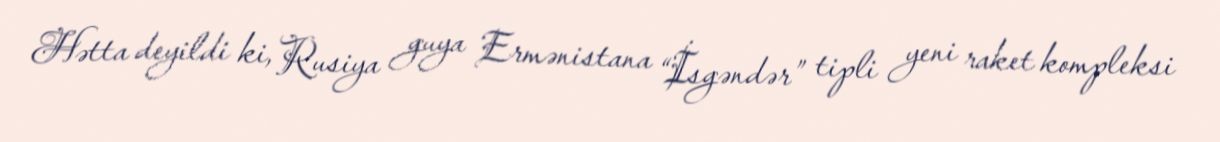
Hətta deyildi ki, Rusiya guya Ermənistana “İsgəndər” tipli yeni raket kompleksi